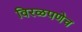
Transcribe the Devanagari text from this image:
विरळपणेच